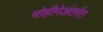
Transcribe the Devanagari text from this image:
मोहीमेअंतर्गत